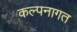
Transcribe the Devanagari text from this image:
कल्पनागत